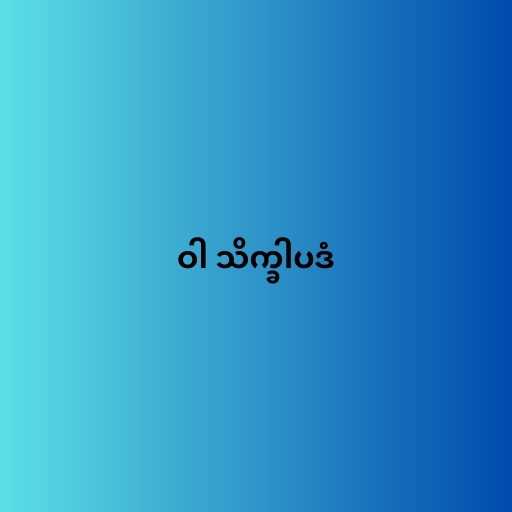
ဝါ သိက္ခါပဒံ